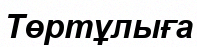
Төртұлыға